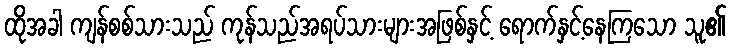
ထိုအခါ ကျန်စစ်သားသည် ကုန်သည်အရပ်သားများအဖြစ်နှင့် ရောက်နှင့်နေကြသော သူ၏